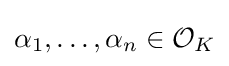
\alpha _{1},\ldots ,\alpha _{n}\in {\mathcal {O}}_{K}